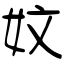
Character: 妏